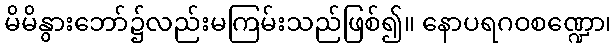
မိမိနွားဘော်၌လည်းမကြမ်းသည်ဖြစ်၍။ နောပရဂဝစဏ္ဍော၊